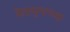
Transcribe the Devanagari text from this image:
त्रेतायुगाच्या